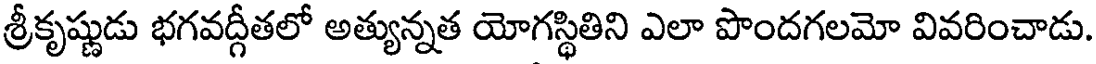
శ్రీకృష్ణుడు భగవద్గీతలో అత్యున్నత యోగస్థితిని ఎలా పొందగలమో వివరించాడు.